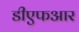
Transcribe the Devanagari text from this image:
डीएफआर